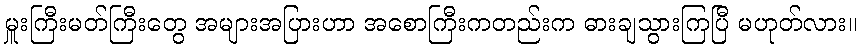
မှူးကြီးမတ်ကြီးတွေ အများအပြားဟာ အစောကြီးကတည်းက ဓားချသွားကြပြီ မဟုတ်လား။